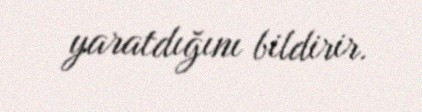
yaratdığını bildirir.